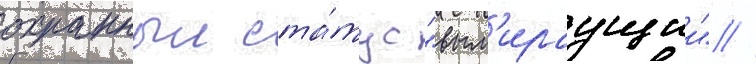
охранныи ста́тус "вым'ираущии" //